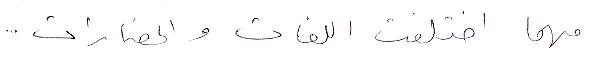
مهما اختلفت اللغات والحضارات...